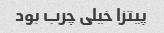
پیتزا خیلی چرب بود